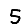
Digit: 5